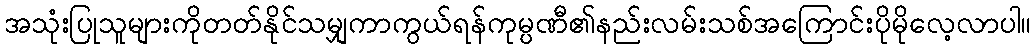
အသုံးပြုသူများကိုတတ်နိုင်သမျှကာကွယ်ရန်ကုမ္ပဏီ၏နည်းလမ်းသစ်အကြောင်းပိုမိုလေ့လာပါ။